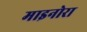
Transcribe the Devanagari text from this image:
माइनोरा